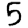
Digit: 5